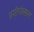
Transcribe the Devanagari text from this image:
प्रयोगांवरून